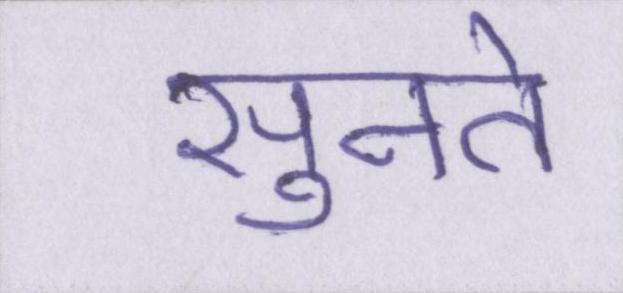
सुनते